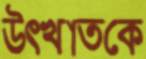
উত্খাতকে